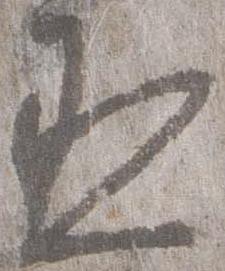
丞